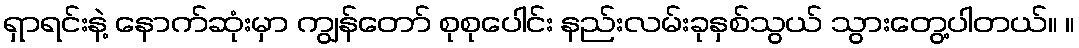
ရှာရင်းနဲ့ နောက်ဆုံးမှာ ကျွန်တော် စုစုပေါင်း နည်းလမ်းခုနှစ်သွယ် သွားတွေ့ပါတယ်။ ။